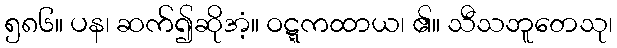
၅၈၆။ ပန၊ ဆက်၍ဆိုအံ့။ ဝဋ္ဋကထာယ၊ ၏။ သီသဘူတေသု၊